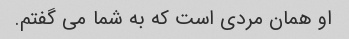
او همان مردی است که به شما می گفتم.